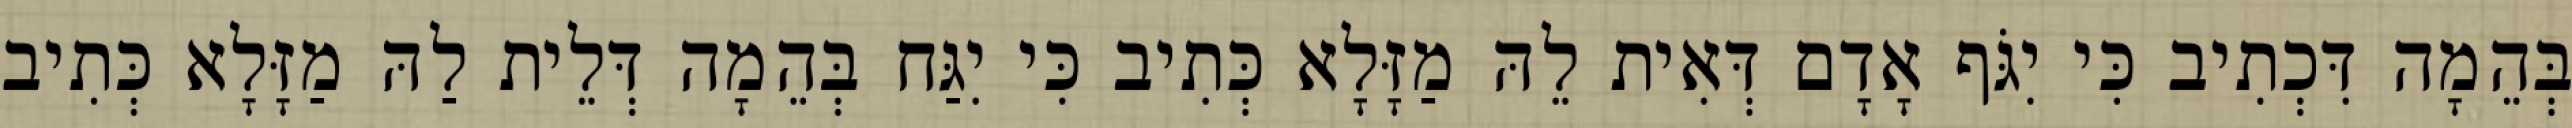
בְּהֵמָה דִּכְתִיב כִּי יִגֹּף אָדָם דְּאִית לֵהּ מַזָּלָא כְּתִיב כִּי יִגַּח בְּהֵמָה דְּלֵית לַהּ מַזָּלָא כְּתִיב